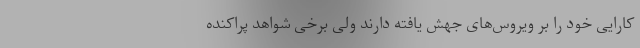
کارایی خود را بر ویروس‌های جهش یافته دارند ولی برخی شواهد پراکنده